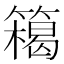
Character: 𥴭